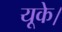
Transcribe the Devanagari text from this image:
यूके।